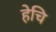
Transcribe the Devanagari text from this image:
हेचि